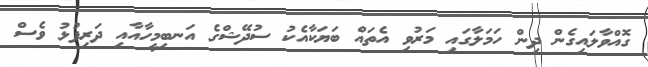
ގޮއްވާލައިގެން ދިން ހަމަލާގައި މަރުވި އެތައް ބަޔަކާއެކު ސުދޭޝްގެ އަނބިމީހާއާއި ދަރިފުޅު ވެސް